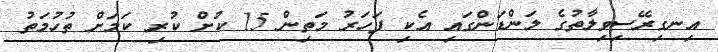
އިނގިރޭސިވިލާތުގެ ލަންޑަންގައި އެކި ފަހަރު މަތިން 15 ކުށް ކުރި ކަމަށް ތުހުމަތު